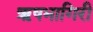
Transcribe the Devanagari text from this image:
ऋषभागिरी